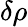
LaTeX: \delta\rho